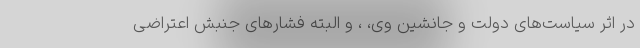
در اثر سیاست‌های دولت و جانشین وی، ، و البته فشارهای جنبش اعتراضی